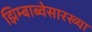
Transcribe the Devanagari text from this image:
झिम्बाब्वेसारख्या